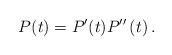
LaTeX: \begin{align*} P(t) = P'(t) P''\left(t \right).\end{align*}